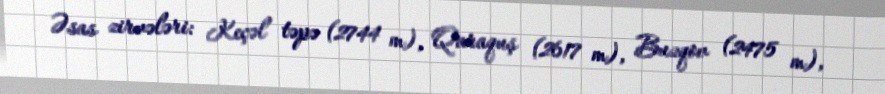
Əsas zirvələri: Keçəl təpə (2744 m), Qaraquş (2617 m), Buzqov (2475 m),